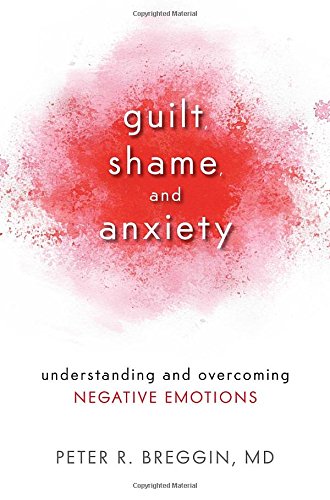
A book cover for Guilt, Shame, and Anxiety: Understanding and Overcoming Negative Emotions; Peter R. Breggin M.D.; Health, Fitness & Dieting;